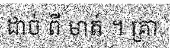
ដាច់ ពី មាត់ ។ គ្រា